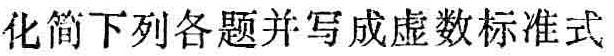
化简下列各题并写成虚数标准式